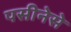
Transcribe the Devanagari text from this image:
पसीनेसे